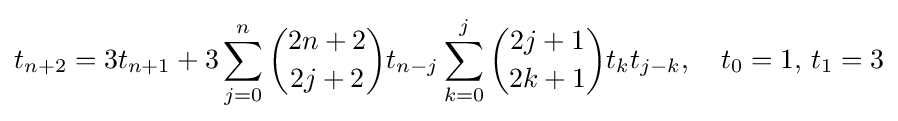
t_{n+2}=3t_{n+1}+3\sum _{j=0}^{n}{\binom {2n+2}{2j+2}}t_{n-j}\sum _{k=0}^{j}{\binom {2j+1}{2k+1}}t_{k}t_{j-k},\quad t_{0}=1,\,t_{1}=3